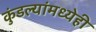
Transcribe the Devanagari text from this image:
कुंडल्यांमध्येही